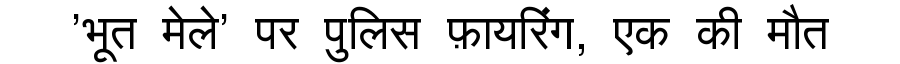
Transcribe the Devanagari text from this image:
'भूत मेले' पर पुलिस फ़ायरिंग, एक की मौत